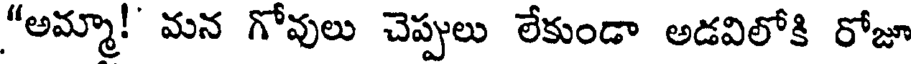
"అమ్మా! మన గోవులు చెప్పులు లేకుండా అడవిలోకి రోజూ